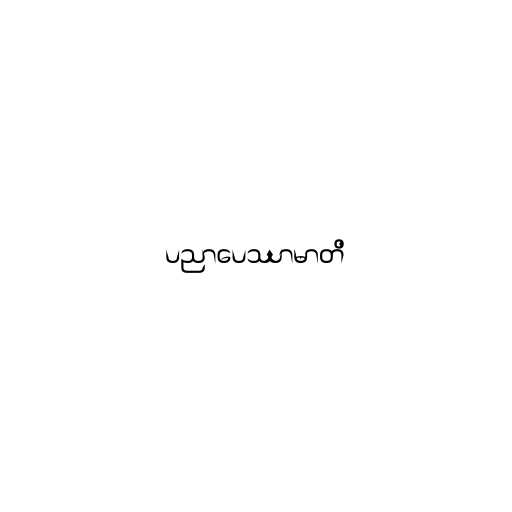
ပညာပေဿာမာတိ